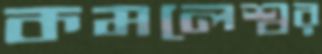
কমলেশ্বর